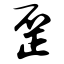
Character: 歪